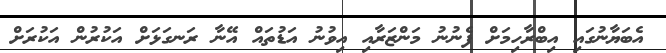
އެބަޔާނުގައި އިބްރާހިމަށް ފެނުނު މަންޒަރާއި އިވުނު އަޑުތައް އޭނާ ރަނގަޅަށް އަކުރުން އަކުރަށް